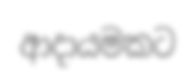
ආදායමකට